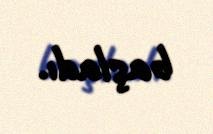
başladı.